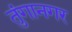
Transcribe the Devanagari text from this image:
तुंगानगर